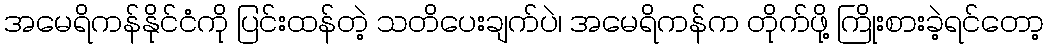
အမေရိကန်နိုင်ငံကို ပြင်းထန်တဲ့ သတိပေးချက်ပဲ၊ အမေရိကန်က တိုက်ဖို့ ကြိုးစားခဲ့ရင်တော့